Leaving Certificate Examination (including Day School Certificate (Higher) General paper), 1935
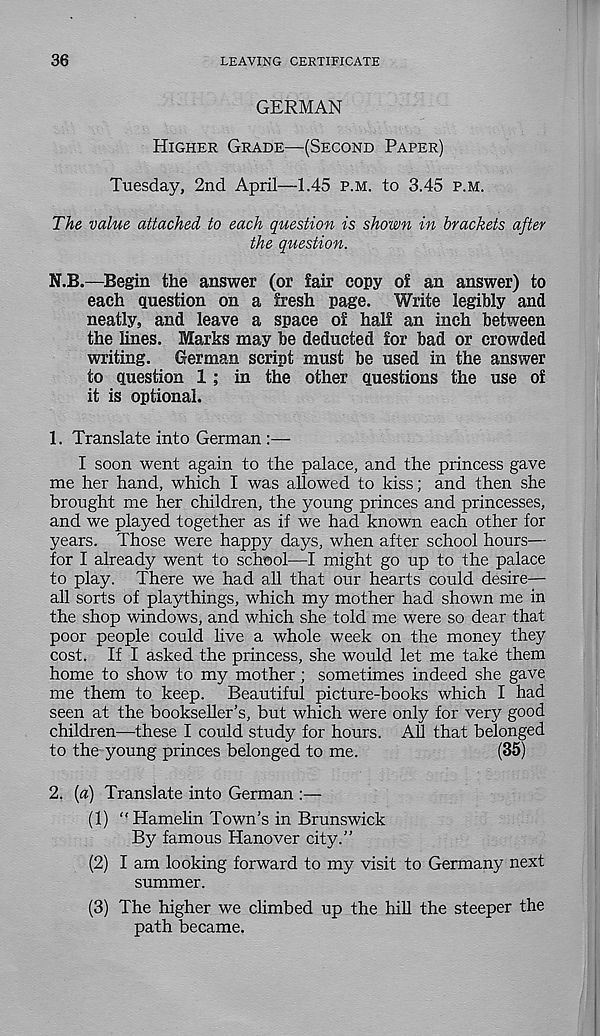
36
LEAVING CERTIFICATE
GERMAN
Higher Grade—(Second Paper)
Tuesday, 2nd April—1.45 p.m. to 3.45 p.m.
The value attached to each question is shown in brackets after
the question.
N.B.—Begin the answer (or fair copy of an answer) to
each question on a fresh page. Write legibly and
neatly, and leave a space of half an inch between
the lines. Marks may be deducted for bad or crowded
writing.
German script must be used in the answer
to question 1 ; in the other questions the use of
it is optional.
1. Translate into German :—
I soon went again to the palace, and the princess gave
me her hand, which I was allowed to kiss; and then she
brought me her children, the young princes and princesses,
and we played together as if we had known each other for
years. Those were happy days, when after school hours—
for I already went to school—I might go up to the palace
to play. There we had all that our hearts could desire—
all sorts of playthings, which my mother had shown me in
the shop windows, and which she told me were so dear that
poor people could live a whole week on the money they
cost. If I asked the princess, she would let me take them
home to show to my mother; sometimes indeed she gave
me them to keep. Beautiful picture-books which I had
seen at the bookseller’s, but which were only for very good
children—these I could study for hours. AU that belonged
to the young princes belonged to me.
(35)
2. {a) Translate into German :—
(1) “ Hamelin Town’s in Brunswick
By famous Hanover city.”
(2) I am looking forward to my visit to Germany next
summer.
(3) The higher we climbed up the hill the steeper the
path became.